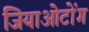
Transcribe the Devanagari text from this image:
जियाओटोंग